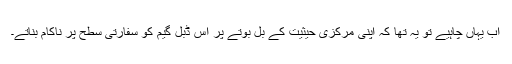
اب یہاں چاہیے تو یہ تھا کہ اپنی مرکزی حیثیت کے بل بوتے پر اس ڈبل گیم کو سفارتی سطح پر ناکام بناتے۔